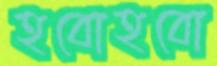
হবোহবো